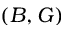
( B , G )